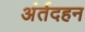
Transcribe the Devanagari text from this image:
अंर्तदहन